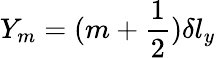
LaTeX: Y_{m}=(m+\frac{1}{2}){\delta l_{y}}